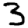
Digit: 3